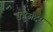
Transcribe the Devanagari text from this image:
बहुउद्दिष्ट